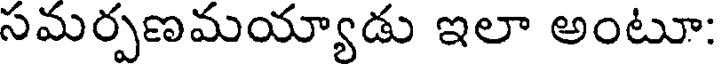
సమర్పణమయ్యాడు ఇలా అంటూ: